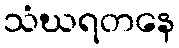
သံဃရတနေ